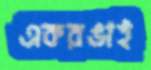
একরঙাই